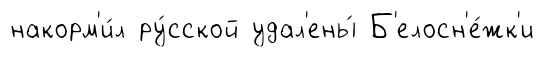
накорм'и́л ру́сской удал'ены́ Б'елосн'е́жк'и